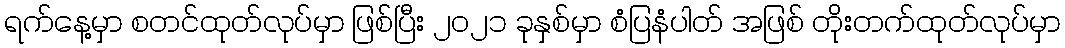
ရက်နေ့မှာ စတင်ထုတ်လုပ်မှာ ဖြစ်ပြီး ၂၀၂၁ ခုနှစ်မှာ စံပြနံပါတ် အဖြစ် တိုးတက်ထုတ်လုပ်မှာ